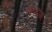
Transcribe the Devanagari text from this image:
याददाश